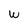
Character: W